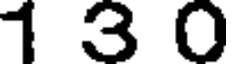
1 3 0